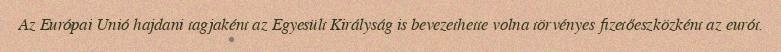
Az Európai Unió hajdani tagjaként az Egyesült Királyság is bevezethette volna törvényes fizetőeszközként az eurót.